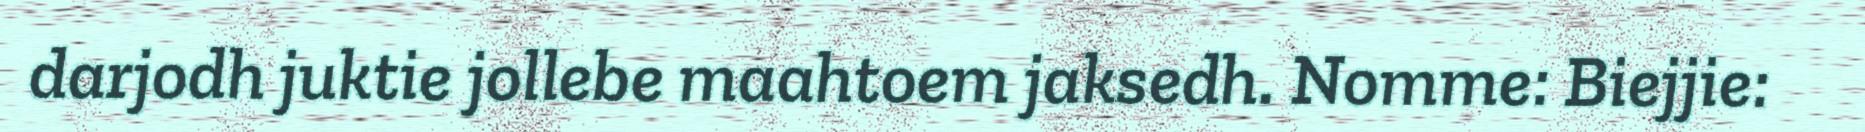
darjodh juktie jollebe maahtoem jaksedh. Nomme: Biejjie: